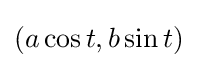
(a\cos t,b\sin t)